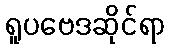
ရူပဗေဒဆိုင်ရာ